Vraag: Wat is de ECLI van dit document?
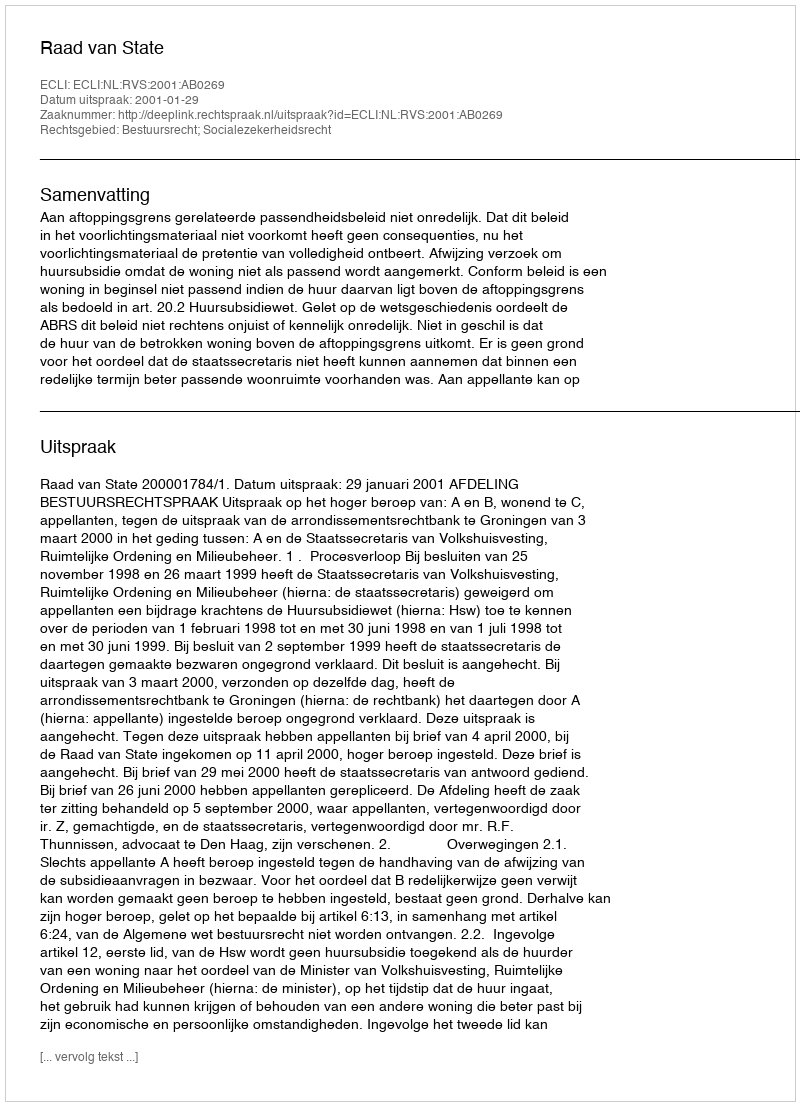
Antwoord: ECLI:NL:RVS:2001:AB0269